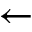
\leftarrow